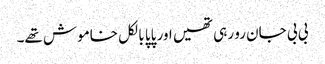
بی بی جان رو رہی تھیں اور پاپا بالکل خاموش تھے۔